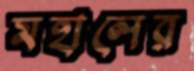
মহালের